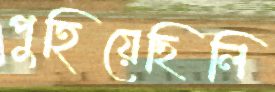
পুহিয়েছিলি